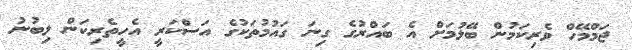
ޖަމްމޭހް ވެރިކަމުން ބޭލުމަށް އެ ބައްރުގެ ގިނަ ގައުމުތަކުގެ އަސްކަރީ އެހީތެރިކަން ލިބުނު